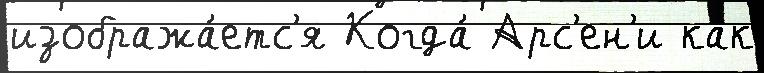
изобража́етс'я Когда́ Арс'ен'и как